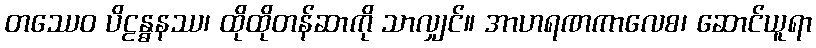
တဿေဝ ပိဠန္ဓနဿ၊ ထိုထိုတန်ဆာကို သာလျှင်။ အာဟရဏကာလေစ၊ ဆောင်ယူရာ